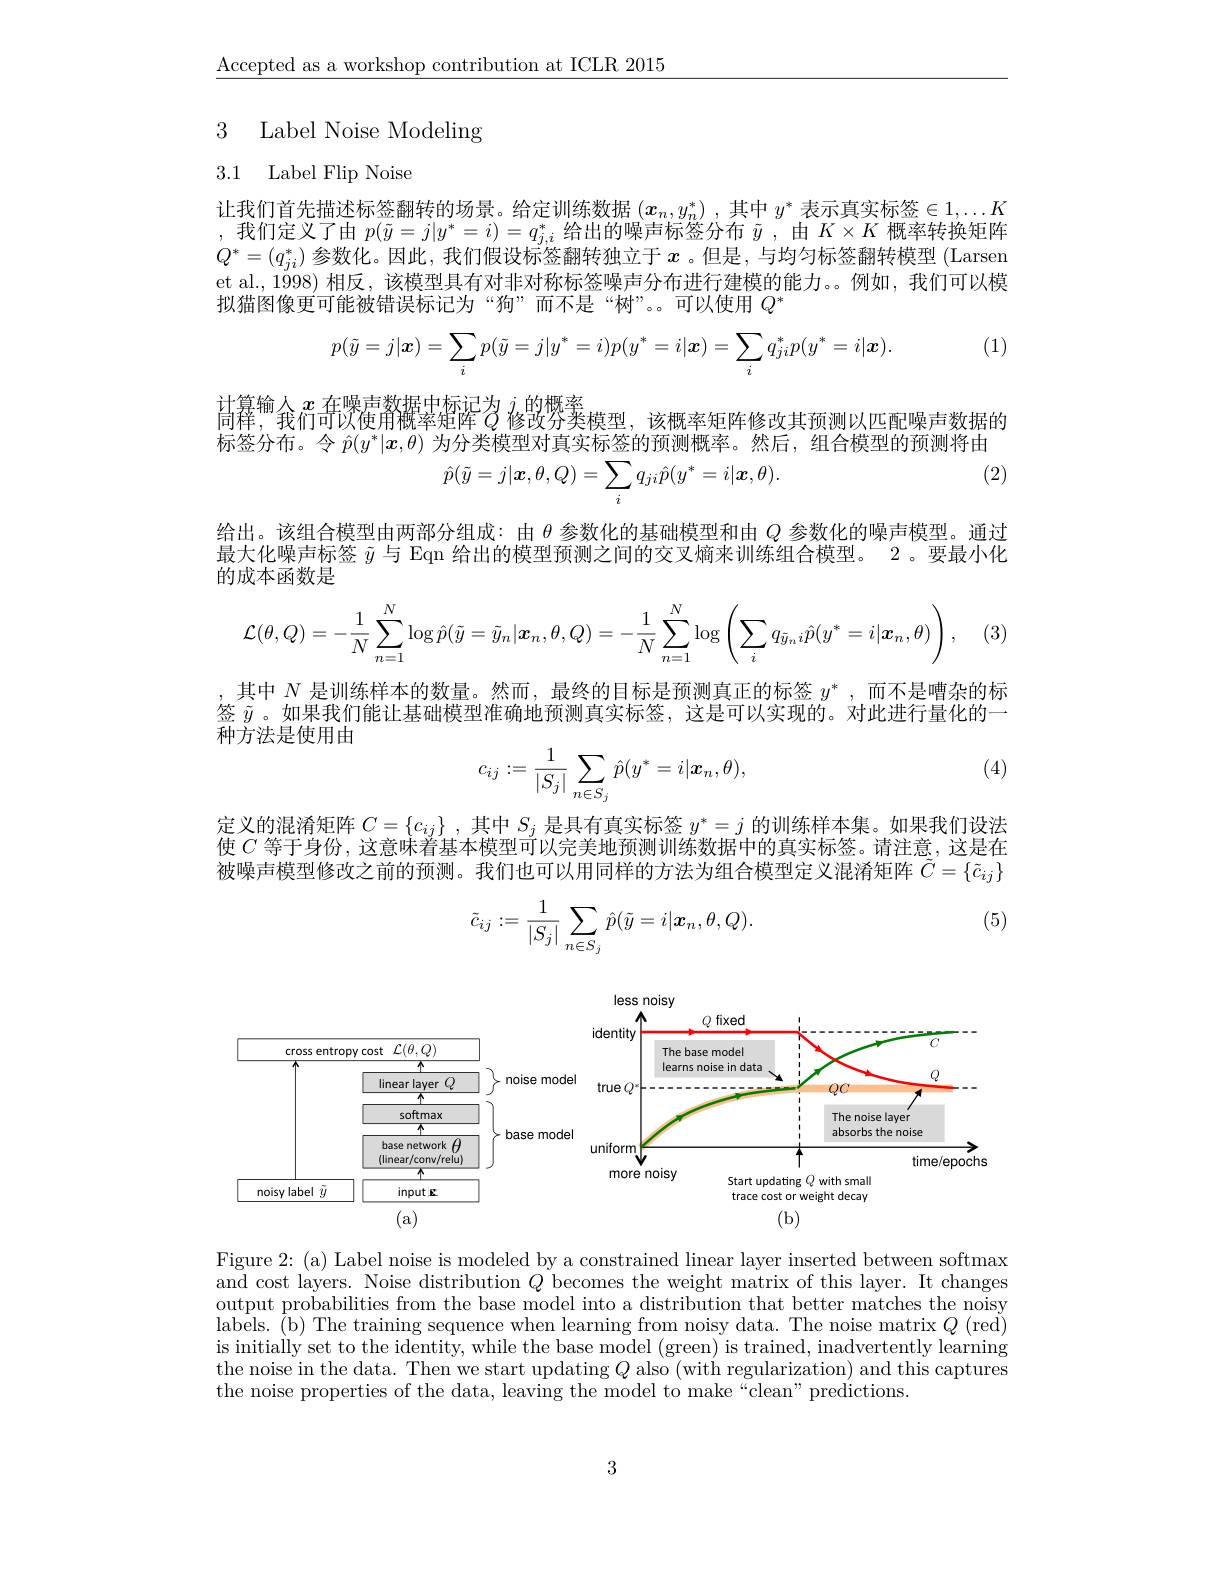
Accepted as a workshop contribution at ICLR 2015

## 3 Label Noise Modeling

## 3.1 Label Flip Noise

让我们首先描述标签翻转的场景。给定训练数据$(x_n,y_n^*)$ ,其中$y^*$表示真实标签$\in1,\ldots K$ ,我们定义了由$p(\tilde{y}=j|y^*=i)=q_{j,i}^*$给出的噪声标签分布$\tilde{y}$,由$K\times K$概率转换矩阵$Q^*=(q_{ji}^*)$参数化。因此，我们假设标签翻转独立于$x$ 。但是，与均匀标签翻转模型 (Larsen et al.,1998) 相反，该模型具有对非对称标签噪声分布进行建模的能力。。例如，我们可以模拟猫图像更可能被错误标记为“狗”而不是“树”。。可以使用$Q^*$

(1)
$$p(\tilde{y}=j|\boldsymbol{x})=\sum_{i}p(\tilde{y}=j|y^{*}=i)p(y^{*}=i|\boldsymbol{x})=\sum_{i}q_{ji}^{*}p(y^{*}=i|\boldsymbol{x}).$$
$\text{过算输}_\text{金}x$ 在噪声数据中标记为 $j_n$的概率$_4$
向样，“我们可以使用概率矩阵$Q$ 修改芬类模型，该概率矩阵修改其预测以匹配噪声数据的标签分布。令$\hat{p}(y^*|\boldsymbol{x},\theta)$为分类模型对真实标签的预测概率。然后，组合模型的预测将由
$$\hat{p}(\tilde{y}=j|\boldsymbol{x},\theta,Q)=\sum_{i}q_{ji}\hat{p}(y^{*}=i|\boldsymbol{x},\theta).$$
(2)

给出。该组合模型由两部分组成：由$\theta$参数化的基础模型和由$Q$参数化的噪声模型。通过最大化噪声标签$\tilde{y}$与 Eqn 给出的模型预测之间的交叉熵来训练组合模型。2 。要最小化的成本函数是
$$\mathcal{L}(\theta,Q)=-\frac{1}{N}\sum_{n=1}^{N}\log\hat{p}(\tilde{y}=\tilde{y}_{n}|\boldsymbol{x}_{n},\theta,Q)=-\frac{1}{N}\sum_{n=1}^{N}\log\left(\sum_{i}q_{\tilde{y}_{n}\:i}\hat{p}(y^{*}=i|\boldsymbol{x}_{n},\theta)\right),$$
(3)

其中$N$是训练样本的数量。然而，最终的目标是预测真正的标签$y^*$,而不是嘈杂的标签$\tilde{y}$。如果我们能让基础模型准确地预测真实标签，这是可以实现的。对此进行量化的一种方法是使用由
$$\begin{aligned}c_{ij}:=\frac{1}{|S_j|}\sum_{n\in S_j}\hat{p}(y^*=i|\boldsymbol{x}_n,\theta),\end{aligned}$$
(4)

定义的混淆矩阵$C=\{c_{ij}\}$ ,其中$S_j$是具有真实标签$y^*=j$的训练样本集。如果我们设法使$C$等于身份，这意味着基本模型可以完美地预测训练数据中的真实标签。请注意，这是在被噪声模型修改之前的预测。我们也可以用同样的方法为组合模型定义混淆矩阵$\tilde{C}=\{\tilde{c}_{ij}\}$

(5)
$$\tilde{c}_{ij}:=\frac{1}{|S_j|}\sum_{n\in S_j}\hat{p}(\tilde{y}=i|\boldsymbol{x}_n,\theta,Q).$$
<FigureHere>

Figure 2: (a) Label noise is modeled by a constrained linear layer inserted between softmax and cost layers. Noise distribution $Q$ becomes the weight matrix of this layer. It changes output probabilities from the base model into a distribution that better matches the noisy ${\mathrm{labels.~(b)~The~training~sequence~when~learning~from~noisy~data.~The~noise~matrix~}Q~(red)}$ is initially set to the identity, while the base model (green) is trained, inadvertently learning the noise in the data. Then we start updating $Q$ also (with regularization) and this captures the noise properties of the data, leaving the model to make “clean" predictions.

3